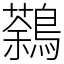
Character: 鷋